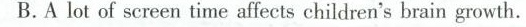
B. A lot of screen time affects children's brain growth.